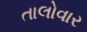
તાલોવાર